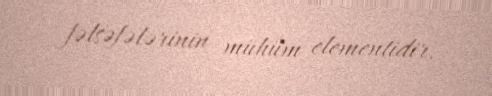
fəlsəfələrinin mühüm elementidir.